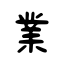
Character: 業